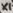
Text: X1